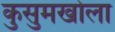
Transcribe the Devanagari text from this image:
कुसुमखोला